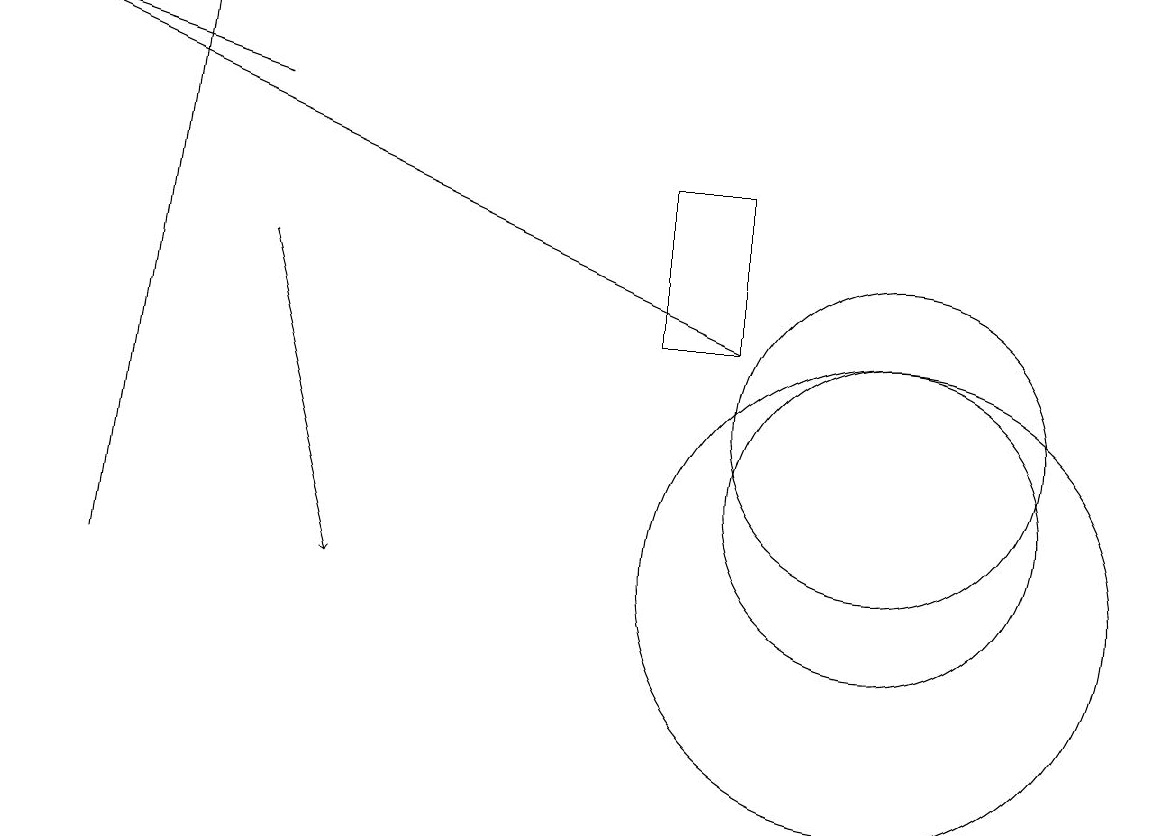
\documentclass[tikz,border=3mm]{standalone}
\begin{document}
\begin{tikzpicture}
\draw[->] (1,10) -- (2,17);
\draw[->] (3,14) -- (4,10);
\draw[->] (9,13) -- (0,17);
\draw[->] (3,16) -- (0,17);
\draw (11,11) circle (2);
\draw (11,12) circle (2);
\draw (11,10) circle (3);
\draw (8,15) rectangle (9,13);
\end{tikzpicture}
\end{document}